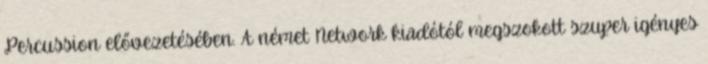
Percussion elővezetésében. A német Network kiadótól megszokott szuper igényes